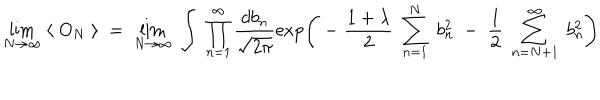
LaTeX: \lim _ { N \rightarrow \infty } \; \langle \; O _ { N } \; \rangle \; = \; \lim _ { N \rightarrow \infty } \; \int \; \prod _ { n = 1 } ^ { \infty } \frac { d b _ { n } } { \sqrt { 2 \pi } } \exp \left( \; - \; \frac { 1 + \lambda } { 2 } \; \sum _ { n = 1 } ^ { N } \; b _ { n } ^ { 2 } \; - \; \frac { 1 } { 2 } \; \sum _ { n = N + 1 } ^ { \infty } \; b _ { n } ^ { 2 } \right)